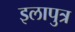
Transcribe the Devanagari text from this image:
इलापुत्र